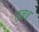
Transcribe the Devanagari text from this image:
तुज॥